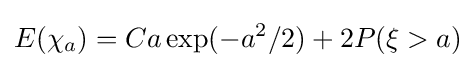
E(\chi _{a})=Ca\exp(-a^{2}/2)+2P(\xi >a)